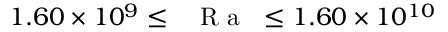
1 . 6 0 \times 1 0 ^ { 9 } \leq \mathrm { ~ \textit ~ { ~ R ~ a ~ } ~ } \leq 1 . 6 0 \times 1 0 ^ { 1 0 }